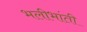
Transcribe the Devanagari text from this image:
भलीभांती